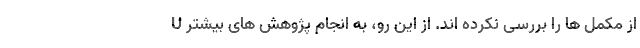
U از مکمل ها را بررسی نکرده اند. از این رو، به انجام پژوهش های بیشتر